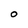
Character: 0